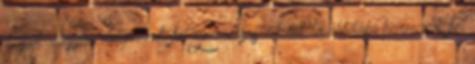
alapok alapján dolgozzuk fel Személyes adatok továbbítása harmadik fél